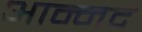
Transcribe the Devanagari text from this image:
आन्‍नद